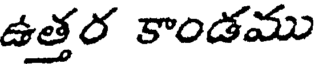
ఉత్తర కాండము